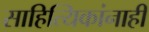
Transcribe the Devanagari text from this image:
साहित्यिकांनाही